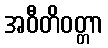
အဝီတိဝတ္တာ